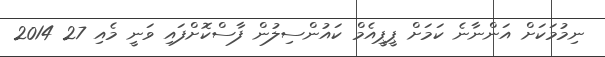
ނިމުމަކަށް އަންނާނެ ކަމަށް ޕީޕީއެމް ކައުންސިލުން ފާސްކޮށްފައި ވަނީ މެއި 27 2014